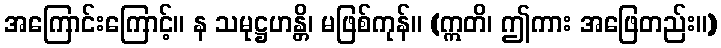
အကြောင်းကြောင့်။ န သမုဋ္ဌဟန္တိ၊ မဖြစ်ကုန်။ (ဣတိ၊ ဤကား အဖြေတည်း။)